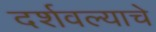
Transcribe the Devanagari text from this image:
दर्शवल्याचे